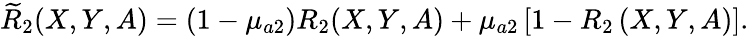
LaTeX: \widetilde{R}_{2}(X,Y,A)=(1-\mu_{a2})R_{2}(X,Y,A)+\mu_{a2}\left[1-R_{2}\left(X,Y,A\right)\right].